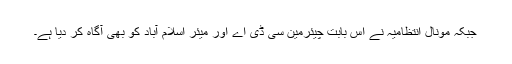
جبکہ مونال انتظامیہ نے اس بابت چیئرمین سی ڈی اے اور میئر اسلام آباد کو بھی آگاہ کر دیا ہے۔